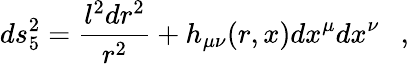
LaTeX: ds_{5}^{2}={\frac{l^{2}dr^{2}}{r^{2}}}+h_{\mu\nu}(r,x)dx^{\mu}dx^{\nu}~~~,